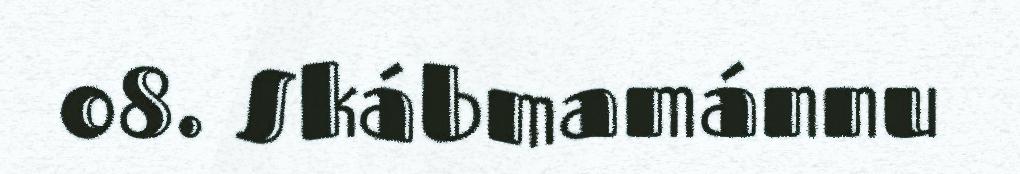
08. Skábmamánnu